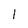
Character: 1